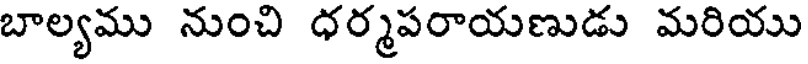
బాల్యము నుంచి ధర్మపరాయణుడు మరియు